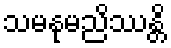
သမနုမညိဿန္တိ